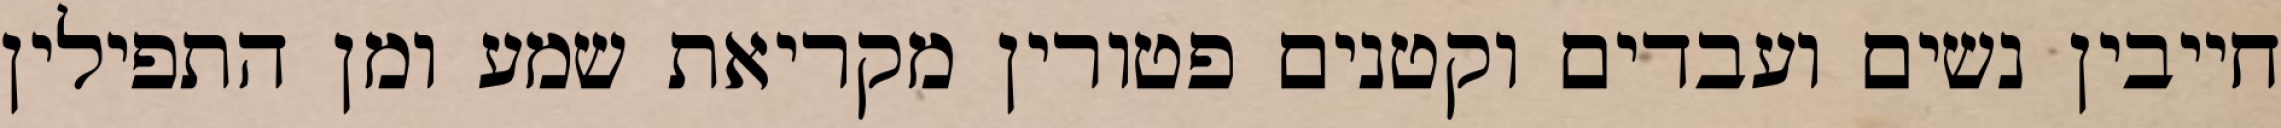
חייבין נשים ועבדים וקטנים פטורין מקריאת שמע ומן התפילין